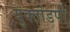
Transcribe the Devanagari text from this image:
युक्तांडपी